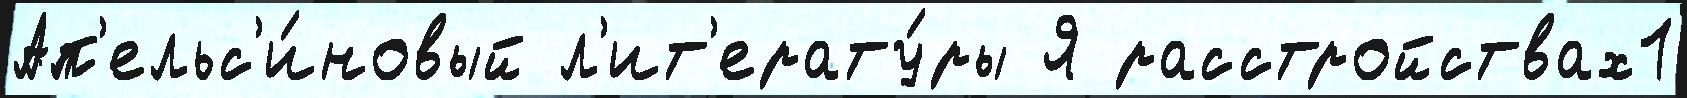
Ап'ельс'и́новый л'ит'ерату́ры Я расстройствах1